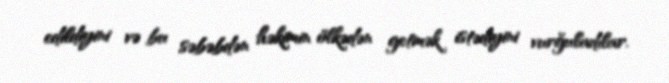
edildiyini və bu səbəbdən həkimin ölkədən getmək istədiyini vurğuladılar.